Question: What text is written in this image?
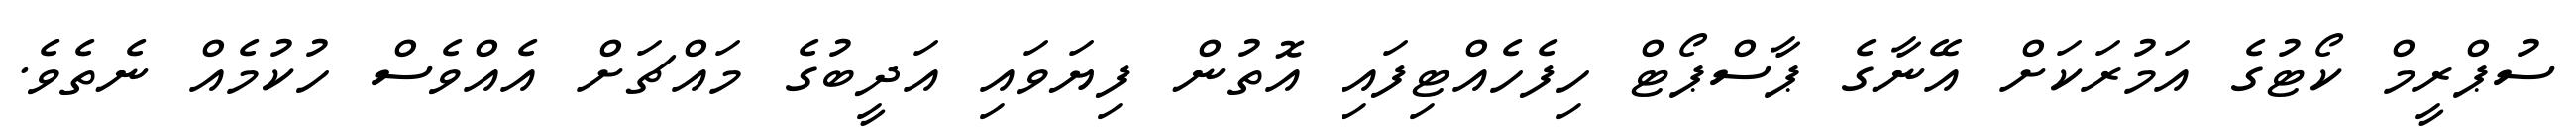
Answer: ސުޕްރީމް ކޯޓުގެ އަމުރަކަށް އޭނާގެ ޕާސްޕޯޓް ހިފެހެއްޓިފައި އޮތުން ފިޔަވައި އަދީބުގެ މައްޗަށް އެއްވެސް ހުކުމެއް ނެތެވެ.